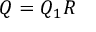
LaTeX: \textstyle Q = Q _ { 1 } R